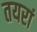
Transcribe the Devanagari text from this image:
तयरां